Report of the Indian Hemp Drugs Commission, 1894-1895 - Volume II
Year: 1894
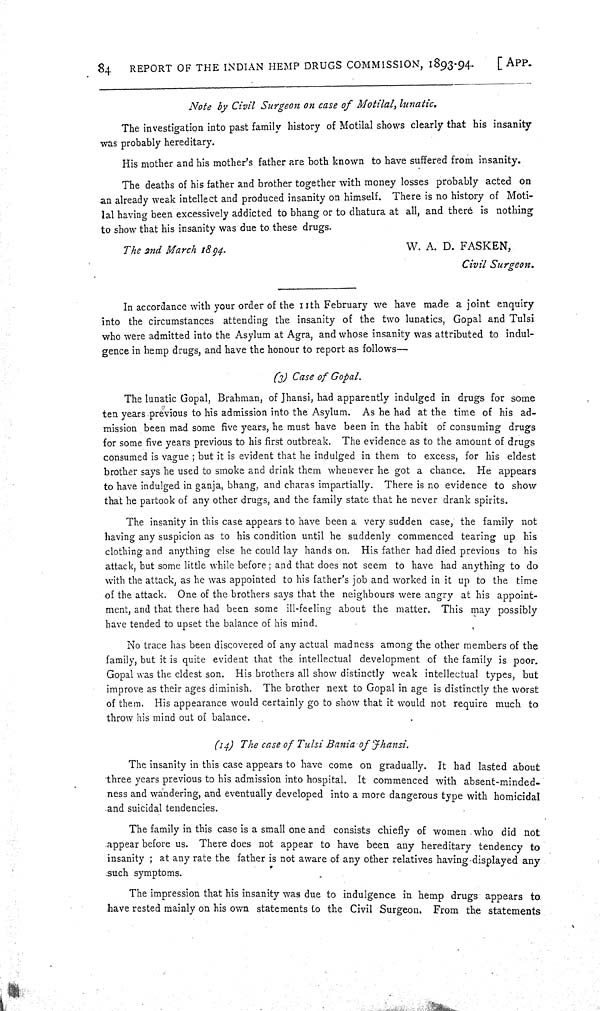
84
REPORT OF THE INDIAN HEMP DRUGS COMMISSION,
1893-94.
[APP.
Note by Civil Surgeon on case of Motilal, lunatic.
The investigation into past family history of Motilal shows clearly that his insanity
was probably hereditary.
His mother and his mother's father are both known to have suffered from insanity.
The deaths of his father and brother together with money losses probably acted on
an already weak intellect and produced insanity on himself. There is no history of Moti-
lal having been excessively addicted to bhang or to dhatura at all, and there is nothing
to show that his insanity was due to these drugs.
The 2nd March
1894.
W. A. D. FASKEN,
Civil Surgeon.
In accordance with your order of the 11th February we have made a joint enquiry
into the circumstances attending the insanity of the two lunatics, Gopal and Tulsi
who were admitted into the Asylum at Agra, and whose insanity was attributed to indul-
gence in hemp drugs, and have the honour to report as follows—
(3) Case of Gopal.
The lunatic Gopal, Brahman, of Jhansi, had apparently indulged in drugs for some
ten years previous to his admission into the Asylum. As he had at the time of his ad-
mission been mad some five years, he must have been in the habit of consuming drugs
for some five years previous to his first outbreak. The evidence as to the amount of drugs
consumed is vague; but it is evident that he indulged in them to excess, for his eldest
brother says he used to smoke and drink them whenever he got a chance. He appears
to have indulged in ganja, bhang, and charas impartially. There is no evidence to show
that he partook of any other drugs, and the family state that he never drank spirits.
The insanity in this case appears to have been a very sudden case, the family not
having any suspicion as to his condition until he suddenly commenced tearing up his
clothing and anything else he could lay hands on. His father had died previous to his
attack, but some little while before; and that does not seem to have had anything to do
with the attack, as he was appointed to his father's job and worked in it up to the time
of the attack. One of the brothers says that the neighbours were angry at his appoint-
ment, and that there had been some ill-feeling about the matter. This may possibly
have tended to upset the balance of his mind.
No trace has been discovered of any actual madness among the other members of the
family, but it is quite evident that the intellectual development of the family is poor.
Gopal was the eldest son. His brothers all show distinctly weak intellectual types, but
improve as their ages diminish. The brother next to Gopal in age is distinctly the worst
of them. His appearance would certainly go to show that it would not require much to
throw his mind out of balance.
(14) The case of Tulsi Bania of Jhansi.
The insanity in this case appears to have come on gradually. It had lasted about
three years previous to his admission into hospital. It commenced with absent-minded-
ness and wandering, and eventually developed into a more dangerous type with homicidal
and suicidal tendencies.
The family in this case is a small one and consists chiefly of women who did not
appear before us. There does not appear to have been any hereditary tendency to
insanity; at any rate the father is not aware of any other relatives having displayed any
such symptoms.
The impression that his insanity was due to indulgence in hemp drugs appears to
have rested mainly on his own statements to the Civil Surgeon. From the statements